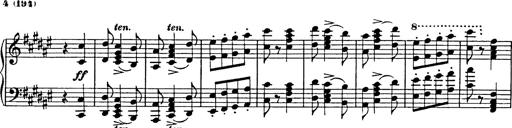
Title: Hungarian Rhapsody No.18
Composer: Franz Liszt
Key: F-sharp minor